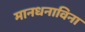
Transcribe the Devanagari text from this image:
मानधनाविना